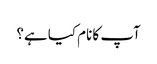
آپ کا نام کیا ہے؟